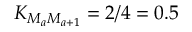
K _ { M _ { a } M _ { a + 1 } } = 2 / 4 = 0 . 5